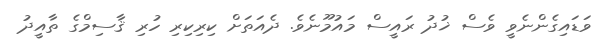
ވަޑައިގެންނެވީ ވެސް ޚުދު ރައީސް މައުމޫނެވެ. ދެއަތަށް ކިރިކިރި ހުރި ޤާސިމްގެ ތާއީދު